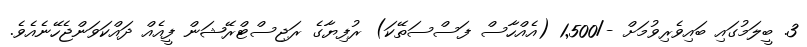
3. ބީލަމުގައި ބައިވެރިވުމަށް -/1